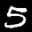
Label: 5